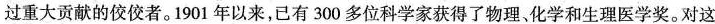
过重大贡献的佼佼者。1901年以来，已有300多位科学家获得了物理、化学和生理医学奖。对这